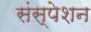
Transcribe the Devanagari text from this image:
संस्पेशन